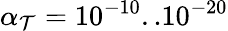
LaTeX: \alpha_{\mathcal{T}}=10^{-10}..10^{-20}